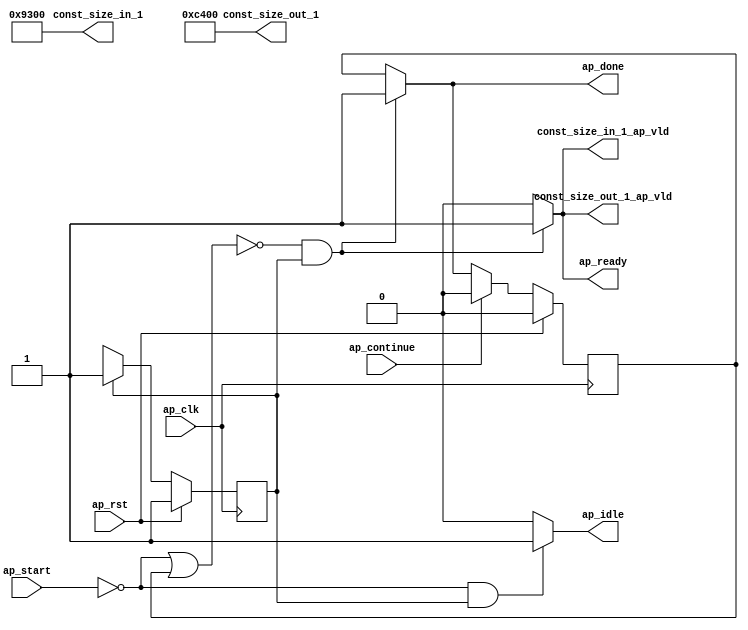
// ==============================================================
// RTL generated by Vivado(TM) HLS - High-Level Synthesis from C, C++ and SystemC
// Version: 2018.2
// Copyright (C) 1986-2018 Xilinx, Inc. All Rights Reserved.
// 
// ===========================================================

`timescale 1 ns / 1 ps 

module Block_proc (
        ap_clk,
        ap_rst,
        ap_start,
        ap_done,
        ap_continue,
        ap_idle,
        ap_ready,
        const_size_in_1,
        const_size_in_1_ap_vld,
        const_size_out_1,
        const_size_out_1_ap_vld
);

parameter    ap_ST_fsm_state1 = 1'd1;

input   ap_clk;
input   ap_rst;
input   ap_start;
output   ap_done;
input   ap_continue;
output   ap_idle;
output   ap_ready;
output  [15:0] const_size_in_1;
output   const_size_in_1_ap_vld;
output  [15:0] const_size_out_1;
output   const_size_out_1_ap_vld;

reg ap_done;
reg ap_idle;
reg ap_ready;
reg const_size_in_1_ap_vld;
reg const_size_out_1_ap_vld;

reg    ap_done_reg;
(* fsm_encoding = "none" *) reg   [0:0] ap_CS_fsm;
wire    ap_CS_fsm_state1;
reg    ap_block_state1;
reg   [0:0] ap_NS_fsm;

// power-on initialization
initial begin
#0 ap_done_reg = 1'b0;
#0 ap_CS_fsm = 1'd1;
end

always @ (posedge ap_clk) begin
    if (ap_rst == 1'b1) begin
        ap_CS_fsm <= ap_ST_fsm_state1;
    end else begin
        ap_CS_fsm <= ap_NS_fsm;
    end
end

always @ (posedge ap_clk) begin
    if (ap_rst == 1'b1) begin
        ap_done_reg <= 1'b0;
    end else begin
        if ((ap_continue == 1'b1)) begin
            ap_done_reg <= 1'b0;
        end else if ((~((ap_start == 1'b0) | (ap_done_reg == 1'b1)) & (1'b1 == ap_CS_fsm_state1))) begin
            ap_done_reg <= 1'b1;
        end
    end
end

always @ (*) begin
    if ((~((ap_start == 1'b0) | (ap_done_reg == 1'b1)) & (1'b1 == ap_CS_fsm_state1))) begin
        ap_done = 1'b1;
    end else begin
        ap_done = ap_done_reg;
    end
end

always @ (*) begin
    if (((ap_start == 1'b0) & (1'b1 == ap_CS_fsm_state1))) begin
        ap_idle = 1'b1;
    end else begin
        ap_idle = 1'b0;
    end
end

always @ (*) begin
    if ((~((ap_start == 1'b0) | (ap_done_reg == 1'b1)) & (1'b1 == ap_CS_fsm_state1))) begin
        ap_ready = 1'b1;
    end else begin
        ap_ready = 1'b0;
    end
end

always @ (*) begin
    if ((~((ap_start == 1'b0) | (ap_done_reg == 1'b1)) & (1'b1 == ap_CS_fsm_state1))) begin
        const_size_in_1_ap_vld = 1'b1;
    end else begin
        const_size_in_1_ap_vld = 1'b0;
    end
end

always @ (*) begin
    if ((~((ap_start == 1'b0) | (ap_done_reg == 1'b1)) & (1'b1 == ap_CS_fsm_state1))) begin
        const_size_out_1_ap_vld = 1'b1;
    end else begin
        const_size_out_1_ap_vld = 1'b0;
    end
end

always @ (*) begin
    case (ap_CS_fsm)
        ap_ST_fsm_state1 : begin
            ap_NS_fsm = ap_ST_fsm_state1;
        end
        default : begin
            ap_NS_fsm = 'bx;
        end
    endcase
end

assign ap_CS_fsm_state1 = ap_CS_fsm[32'd0];

always @ (*) begin
    ap_block_state1 = ((ap_start == 1'b0) | (ap_done_reg == 1'b1));
end

assign const_size_in_1 = 16'd37632;

assign const_size_out_1 = 16'd50176;

endmodule //Block_proc